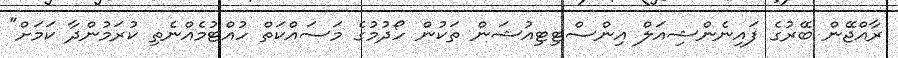
ރާއްޖޭން ބޭރުގެ ފައިނެންޝިއަލް އިންސްޓިޓިއުޝަން ތަކުން ހޯދުމުގެ މަސައްކަތް ހުއްޓުމެއްނެތި ކުރަމުންދާ ކަމަށް"